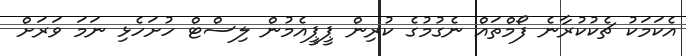
އެކަމަކު ޗެކުކުރާނެ ފޯމްތައް ނެގުމުގެ ކުރިން ޕީޕީއެމުން ލިސްޓް ހުށަހެޅި ނަމަ ވަރަށް